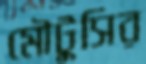
মৌটুসির